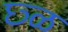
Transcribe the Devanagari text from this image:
छ्ळ